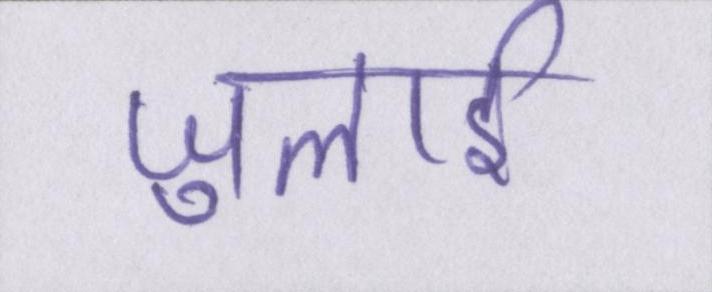
जुलाई